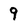
Character: 9